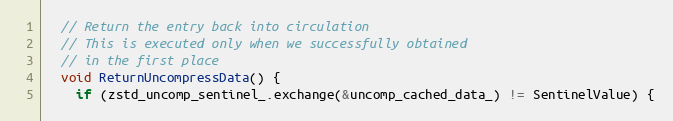
Language: C++
  // Return the entry back into circulation
  // This is executed only when we successfully obtained
  // in the first place
  void ReturnUncompressData() {
    if (zstd_uncomp_sentinel_.exchange(&uncomp_cached_data_) != SentinelValue) {